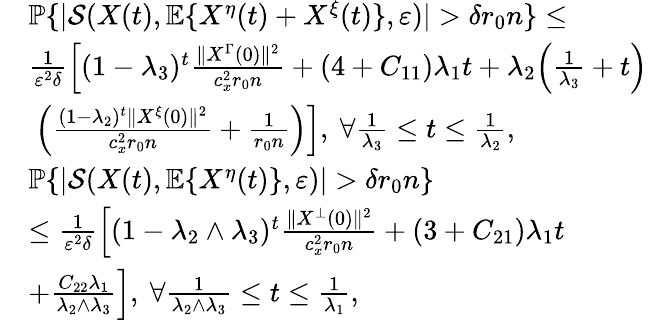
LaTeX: \begin{array}{rl}&{\mathbb{P}\{ |\mathcal{S}(X(t),\mathbb{E}\{ X^{\eta}(t)+X^{\xi}(t)\} ,\varepsilon)|>\delta r_{0}n\} \le}\\ &{\frac{1}{\varepsilon^{2}\delta}\Big[(1-\lambda_{3})^{t}\frac{\| X^{\Gamma}(0)\| ^{2}}{c_{x}^{2}r_{0}n}+(4+C_{11})\lambda_{1}t+\lambda_{2}\Big(\frac{1}{\lambda_{3}}+t\Big)}\\ &{~\Big(\frac{(1-\lambda_{2})^{t}\| X^{\xi}(0)\| ^{2}}{c_{x}^{2}r_{0}n}+\frac{1}{r_{0}n}\Big)\Big],~\forall\frac{1}{\lambda_{3}}\le t\le\frac{1}{\lambda_{2}},}\\ &{\mathbb{P}\{ |\mathcal{S}(X(t),\mathbb{E}\{ X^{\eta}(t)\} ,\varepsilon)|>\delta r_{0}n\} }\\ &{\le\frac{1}{\varepsilon^{2}\delta}\Big[(1-\lambda_{2}\wedge\lambda_{3})^{t}\frac{\| X^{\bot}(0)\| ^{2}}{c_{x}^{2}r_{0}n}+(3+C_{21})\lambda_{1}t}\\ &{+\frac{C_{22}\lambda_{1}}{\lambda_{2}\wedge\lambda_{3}}\Big],~\forall\frac{1}{\lambda_{2}\wedge\lambda_{3}}\le t\le\frac{1}{\lambda_{1}},}\end{array}